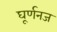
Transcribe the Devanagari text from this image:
घूर्णनज